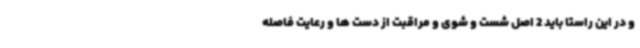
و در این راستا باید 2 اصل شست و شوی و مراقبت از دست ها و رعایت فاصله